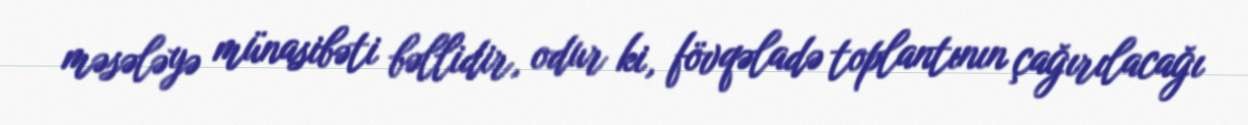
məsələyə münasibəti bəllidir, odur ki, fövqəladə toplantının çağırılacağı